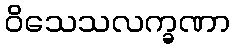
ဝိသေသလက္ခဏာ